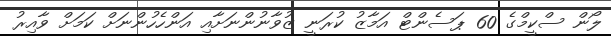
ލޯން ސްކީމްގެ 60 ޕަސެންޓް އަމާޒު ކުރަނީ ޒުވާނުންނަށާއި އަންހެހުންނަށް ކަމަށް ވާއިރު